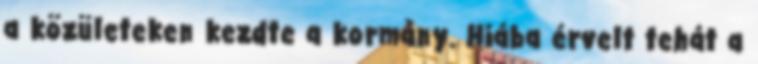
a közületeken kezdte a kormány. Hiába érvelt tehát a